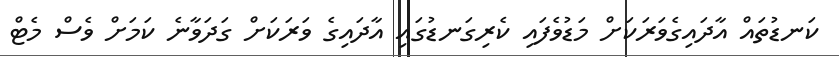
ކަނޑުތައް އާދައިގެވަރަކަށް މަޑުވެފައި ކެރިގަނޑުގައި އާދައިގެ ވަރަކަށް ގަދަވާނެ ކަމަށް ވެސް މެޓް